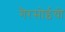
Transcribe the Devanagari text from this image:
गैरसोईची